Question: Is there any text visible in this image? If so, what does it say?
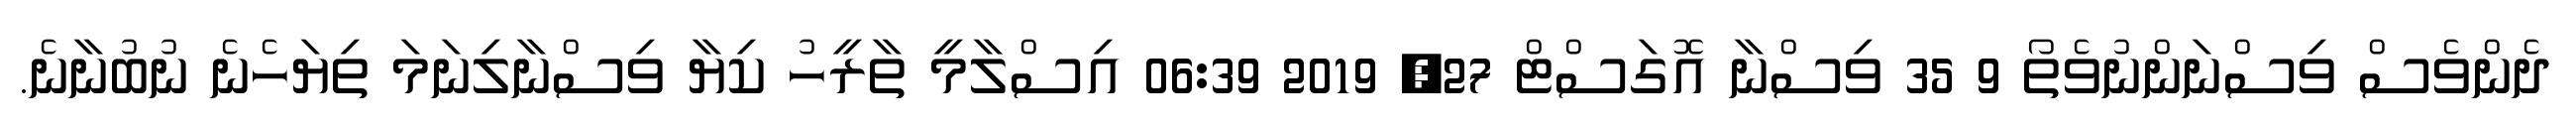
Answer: ދެންވެސް ވިސްނަންނުވެތޯ 9 35 ވިސްނާ އޮގަސްޓް 27, 2019 06:39 އިސްލާމީ ތާރީހު ކިޔާ ވިސްނާލިނަމަ ތިޔަހެނެ ނުބުނާނެ.